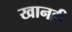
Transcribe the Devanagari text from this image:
खानही